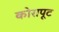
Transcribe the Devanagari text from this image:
कोरापूट